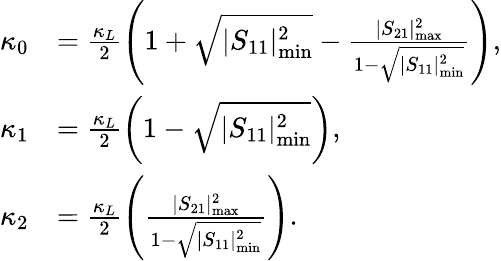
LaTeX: \begin{array}{rl}{\kappa_{0}}&{=\frac{\kappa_{L}}{2}\left(1+\sqrt{|S_{11}|_{\mathrm{min}}^{2}}-\frac{|S_{21}|_{\mathrm{max}}^{2}}{1-\sqrt{|S_{11}|_{\mathrm{min}}^{2}}}\right),}\\ {\kappa_{1}}&{=\frac{\kappa_{L}}{2}\left(1-\sqrt{|S_{11}|_{\mathrm{min}}^{2}}\right),}\\ {\kappa_{2}}&{=\frac{\kappa_{L}}{2}\left(\frac{|S_{21}|_{\mathrm{max}}^{2}}{1-\sqrt{|S_{11}|_{\mathrm{min}}^{2}}}\right).}\end{array}